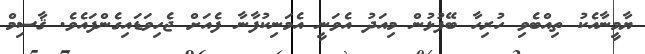
ޔާމީނާއެކު ތިއްބެވި ހުރިހާ ބޭފުޅުން މިއަދު އެވަނީ އެމަނިކުފާނާ ފެއަށް ޖެހިވަޑައިގެންފައެވެ. ޤާސިމް